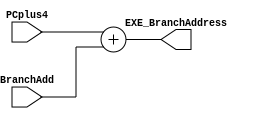
module AddressAdder (EXE_BranchAddress, PCplus4, BranchAdd);

// input
	input [31:0] PCplus4, BranchAdd;

// output
	output reg [31:0] EXE_BranchAddress;
	
	always@(*)
		EXE_BranchAddress <= PCplus4 + BranchAdd;


endmodule